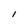
Character: I